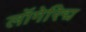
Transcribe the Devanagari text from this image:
लॉगेरिद्म